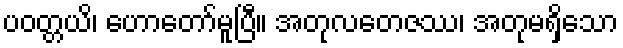
ပဝတ္တယိ၊ ဟောတော်မူပြီ။ အတုလတေဇဿ၊ အတုမရှိသော